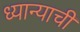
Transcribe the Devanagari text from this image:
ध्यान्याची